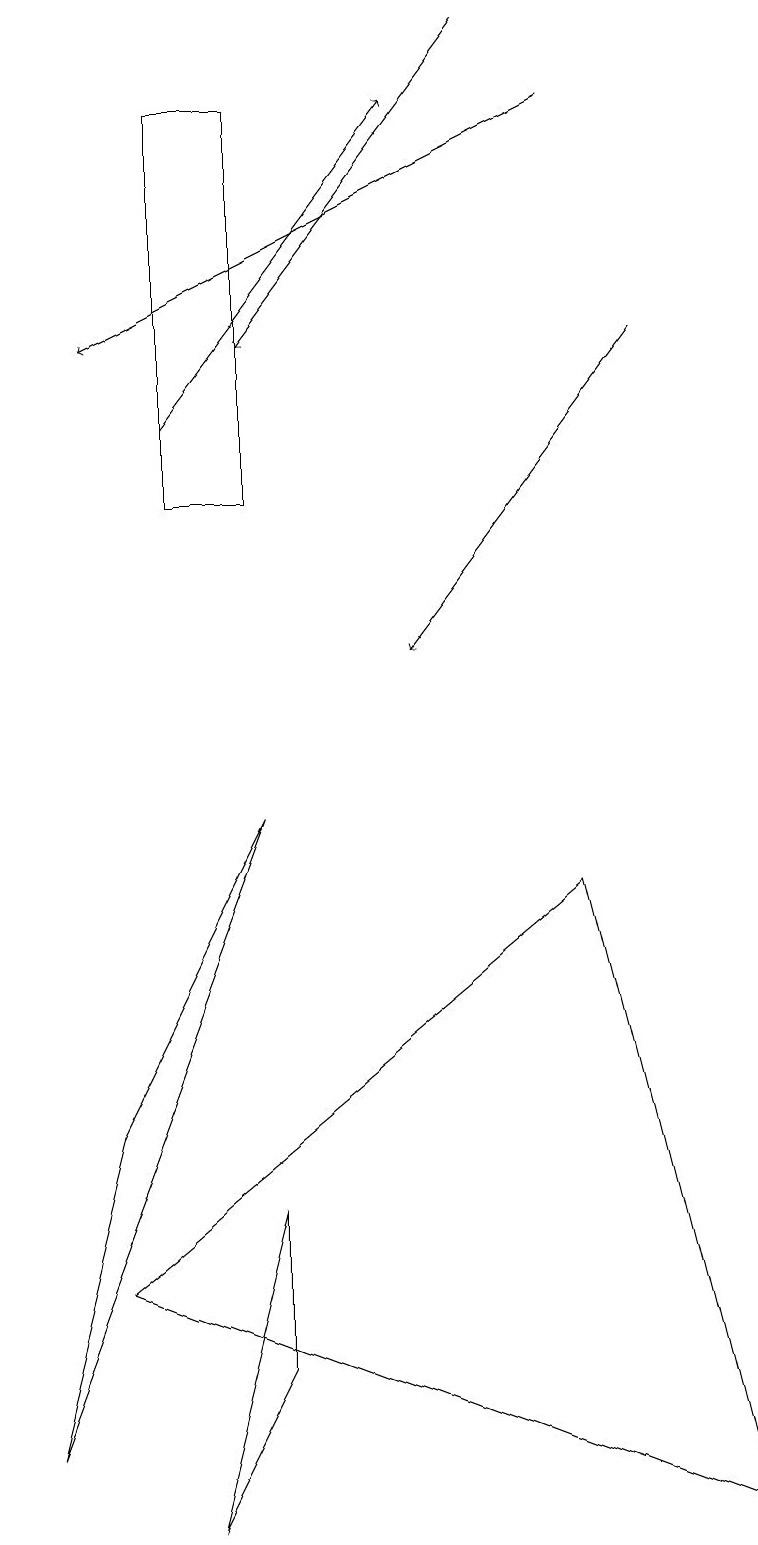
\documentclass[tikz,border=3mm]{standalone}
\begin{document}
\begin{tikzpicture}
\draw[->] (6,19) -- (3,15);
\draw[->] (8,15) -- (5,11);
\draw (1,3) -- (9,0) -- (7,8) -- cycle;
\draw (1,5) -- (3,9) -- (0,1) -- cycle;
\draw (3,4) -- (3,2) -- (2,0) -- cycle;
\draw[->] (7,18) -- (1,15);
\draw (3,13) rectangle (2,18);
\draw[->] (2,14) -- (5,18);
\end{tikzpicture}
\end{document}